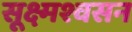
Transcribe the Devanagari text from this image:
सूक्ष्मश्वसन